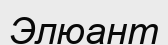
Элюант